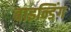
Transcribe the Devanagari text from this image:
बाइन्डिंग